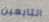
التابعين